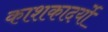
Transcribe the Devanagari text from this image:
काशकादर्यो